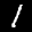
Label: 1